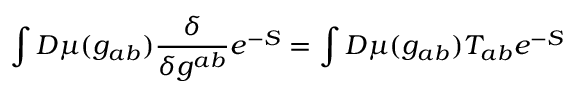
\int D \mu ( g _ { a b } ) \frac { \delta } { \delta g ^ { a b } } e ^ { - S } = \int D \mu ( g _ { a b } ) T _ { a b } e ^ { - S }